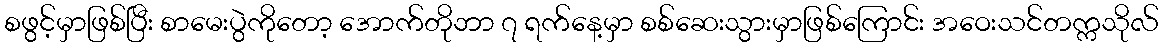
စဖွင့်မှာဖြစ်ပြီး စာမေးပွဲကိုတော့ အောက်တိုဘာ ၇ ရက်နေ့မှာ စစ်ဆေးသွားမှာဖြစ်ကြောင်း အဝေးသင်တက္ကသိုလ်